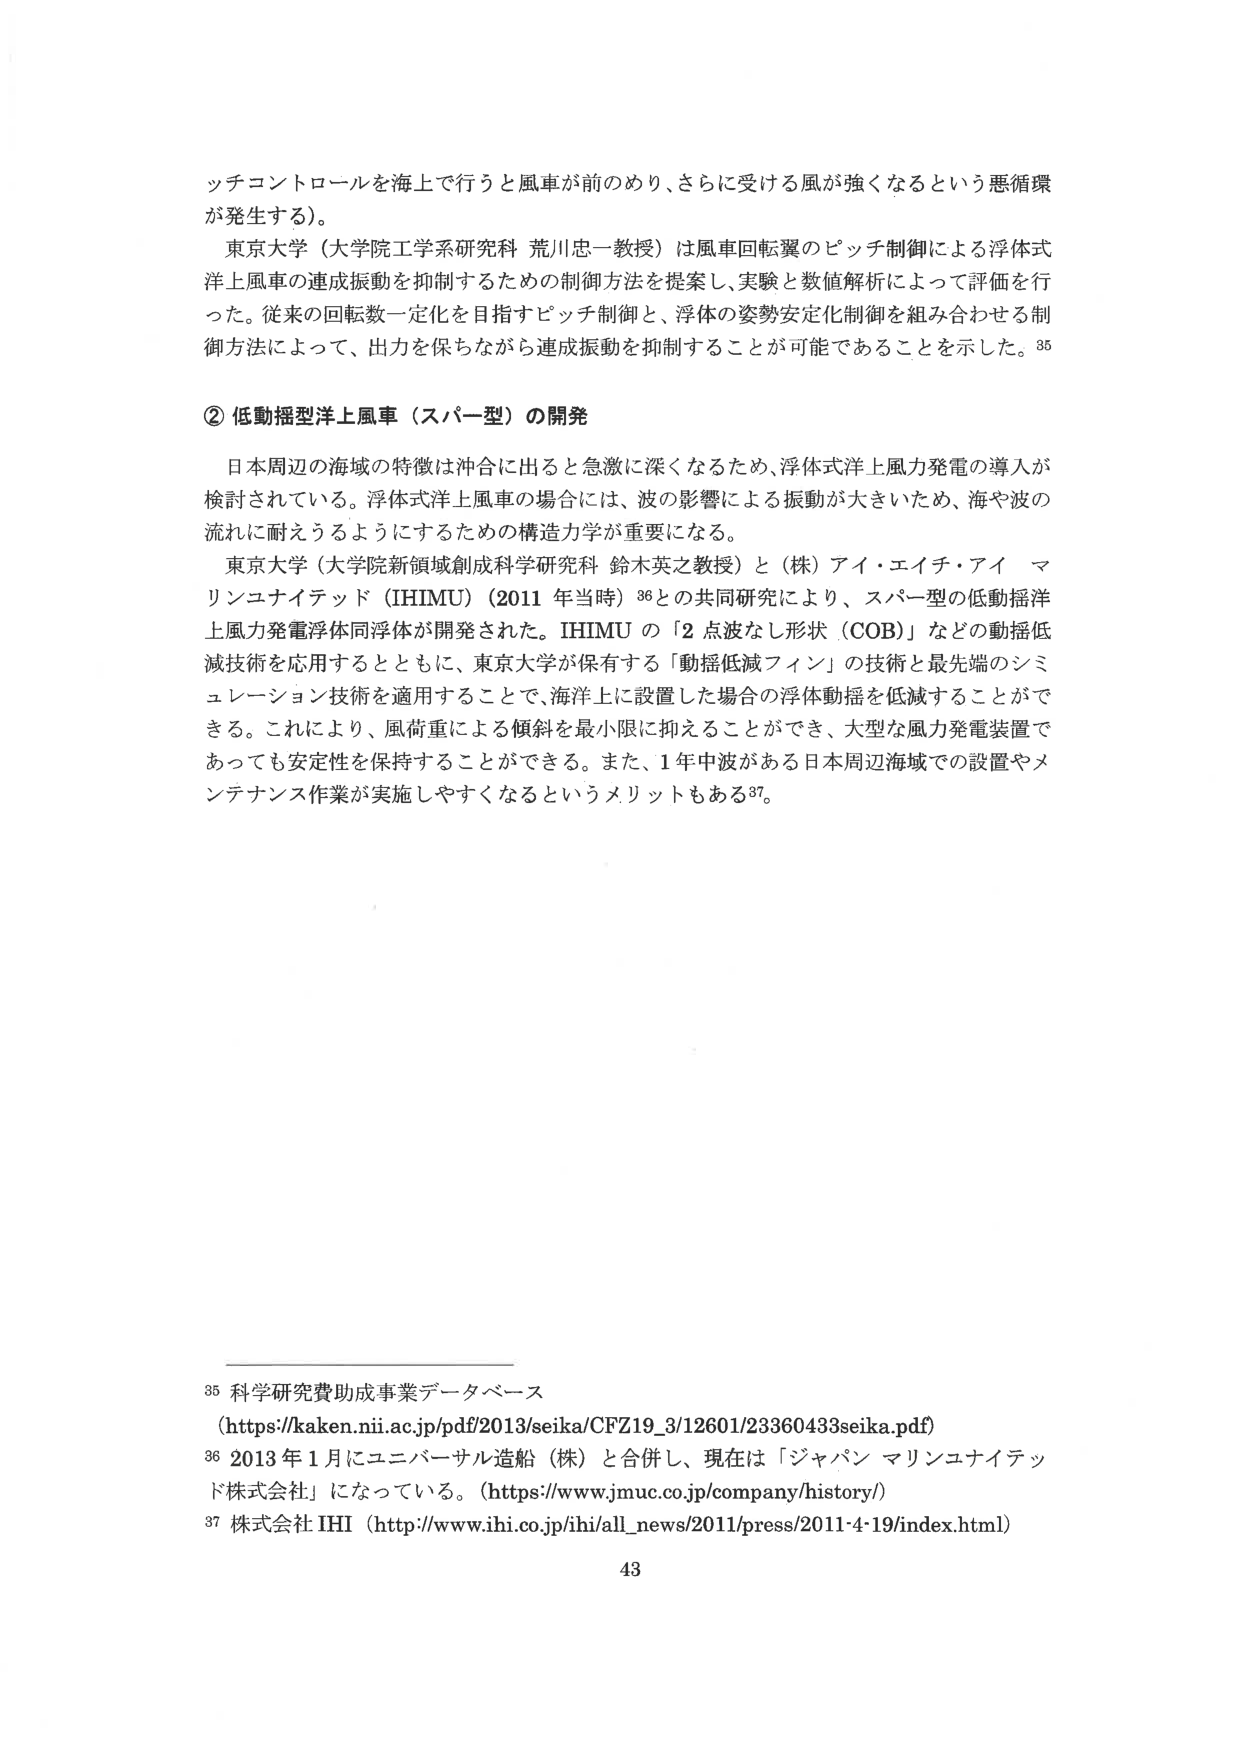
ッチコントロールを海上で行うと風車が前のめり、さらに受ける風が強くなるという悪循環が発生する）。

東京大学（大学院工学系研究科 荒川忠一教授）は風車回転翼のピッチ制御による浮体式洋上風車の連成振動を抑制するための制御方法を提案し、実験と数値解析によって評価を行った。従来の回転数一定化を目指すピッチ制御と、浮体の姿勢安定化制御を組み合わせる制御方法によって、出力を保ちながら連成振動を抑制することが可能であることを示した。35

② 低動揺洋上風車（スパー型）の開発

日本周辺の海域の特徴は沖合に出ると急激に深くなるため、浮体式洋上風力発電の導入が検討されている。浮体式洋上風車の場合には、波の影響による振動が大きいため、海や波の流れに耐えうるようにするための構造力学が重要になる。

東京大学（大学院新領域創成科学研究科 鈴木英之教授）と（株）アイ・エイチ・アイ マリンユナイテッド（IHIMU）（2011 年当時）36との共同研究により、スパー型の低動揺洋上風力発電浮体同浮体が開発された。IHIMU の「2 点波なし形状（COB）」などの動揺低減技術を応用するとともに、東京大学が保有する「動揺低減フィン」の技術と最先端のシミュレーション技術を適用することで、海洋上に設置した場合の浮体動揺を低減することができる。これにより、風荷重による傾斜を最小限に抑えることができ、大型な風力発電装置であっても安定性を保持することができる。また、1年中波がある日本周辺海域での設置やメンテナンス作業が実施しやすくなるというメリットもある37。

35 科学研究費助成事業データベース
（https://kaken.nii.ac.jp/pdf/2013/seika/CFZ19_3/12601/23360433seika.pdf）
36 2013 年 1 月にユニバーサル造船（株）と合併し、現在は「ジャパン マリンユナイテッド株式会社」になっている。（https://www.jmuc.co.jp/company/history/）
37 株式会社 IHI （http://www.ihi.co.jp/ihi/all_news/2011/press/2011-4-19/index.html）

43